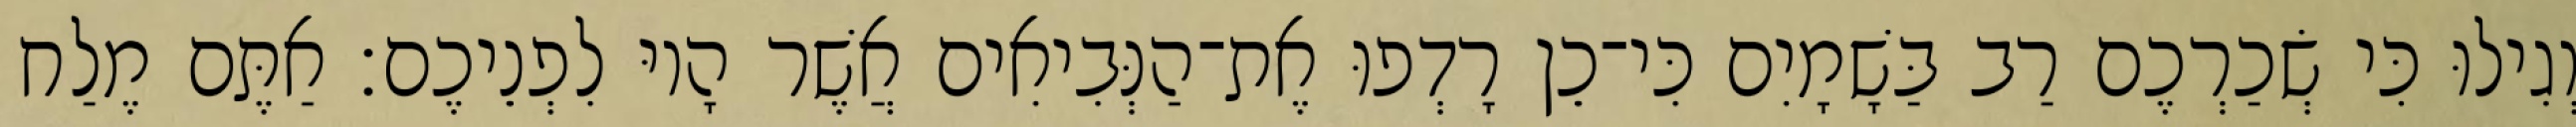
וְגִילוּ כִּי שְׂכַרְכֶם רַב בַּשָׁמָיִם כִּי־כֵן רָדְפוּ אֶת־הַנְּבִיאִים אֲשֶׁר הָיוּ לִפְנֵיכֶם׃ אַתֶּם מֶלַח